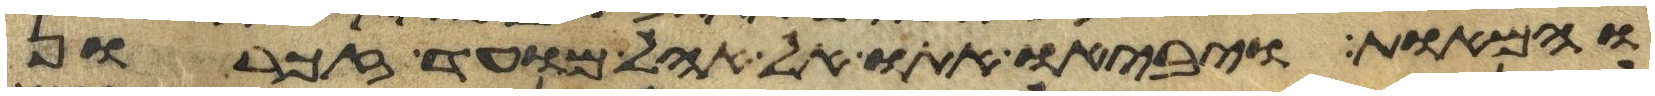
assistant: והמאות ויביאו אתו אל אהל מועד זכרון